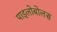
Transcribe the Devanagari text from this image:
पाइलोबोलस